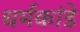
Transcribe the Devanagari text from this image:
धर्मकांडे